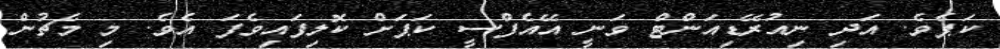
ކަޕެވެ. އަދި ނިއުރޭޑިއަންޓް ވަނީ އޭއެފްސީ ކަޕަށް ކޮލިފައިވެފަ އެވެ. މި މެޗުން